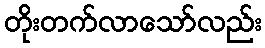
တိုးတက်လာသော်လည်း